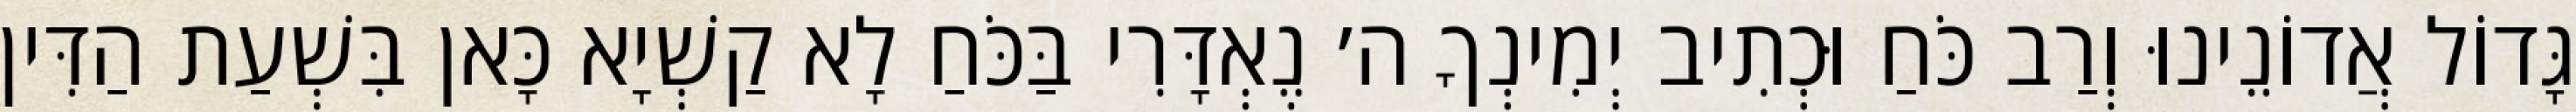
גָּדוֹל אֲדוֹנֵינוּ וְרַב כֹּחַ וּכְתִיב יְמִינְךָ ה׳ נֶאְדָּרִי בַּכֹּחַ לָא קַשְׁיָא כָּאן בִּשְׁעַת הַדִּין